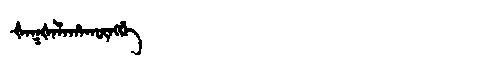
Manchu: ᡧᠠᡴᡧᠠᠯᠠᡥᠠᡴᡡᠩᡤᡝ
Romanization: ŠAKŠALAHAKŪNGGE